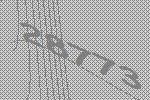
28773